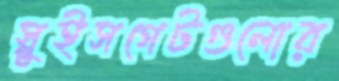
স্লুইসগেটগুলোর